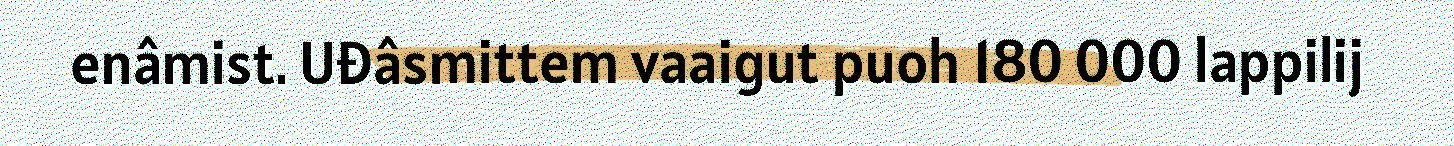
enâmist. Uđâsmittem vaaigut puoh 180 000 lappilij